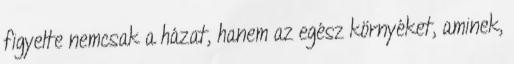
figyelte nemcsak a házat, hanem az egész környéket, aminek,